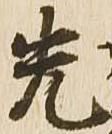
先